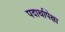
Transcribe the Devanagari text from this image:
पदार्थापेक्षा